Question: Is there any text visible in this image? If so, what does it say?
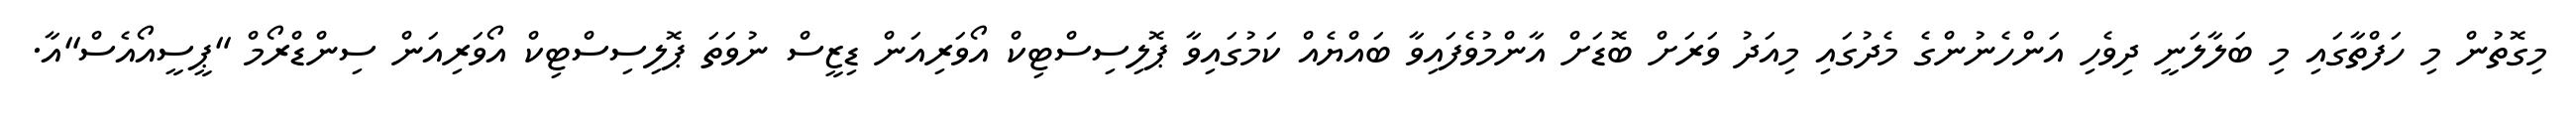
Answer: މިގޮތުން މި ހަފްތާގައި މި ބަލާލަނީ ދިވެހި އަންހެނުންގެ މެދުގައި މިއަދު ވަރަށް ބޮޑަށް އާންމުވެފައިވާ ބައްޔެއް ކަމުގައިވާ ޕޮލިސިސްޓިކް އޯވަރިއަން ޑިޒީސް ނުވަތަ ޕޮލިސިސްޓިކް އޯވަރިއަން ސިންޑްރޯމް "ޕީސީއޯއެސް"އާ.